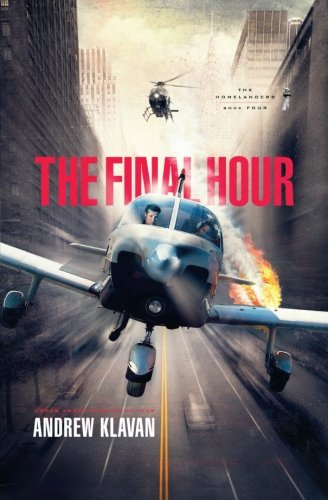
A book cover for The Final Hour (The Homelanders); Andrew Klavan; Teen & Young Adult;